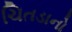
ચિતડાનો